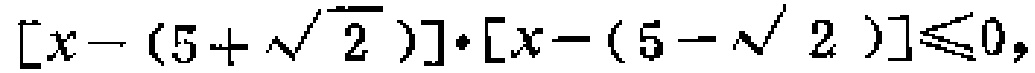
\([x - (5 + \sqrt{2})] \cdot [x - (5 - \sqrt{2})] \leq 0\)